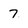
Character: 7